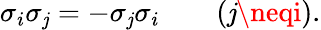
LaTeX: \sigma_{i}\sigma_{\mathit{j}}=-\sigma_{\mathit{j}}\sigma_{i}\qquad(\mathit{j}\neqi).